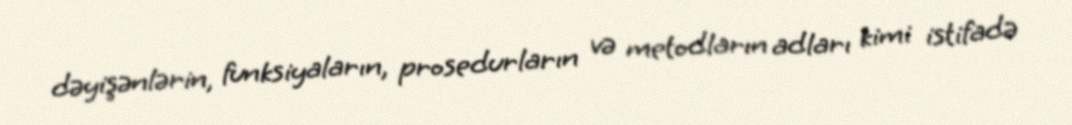
dəyişənlərin, funksiyaların, prosedurların və metodların adları kimi istifadə